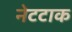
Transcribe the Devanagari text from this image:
नेटटाक